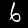
Label: 6